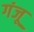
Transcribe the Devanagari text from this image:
गंजू